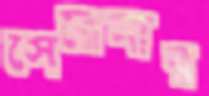
সেরেনার